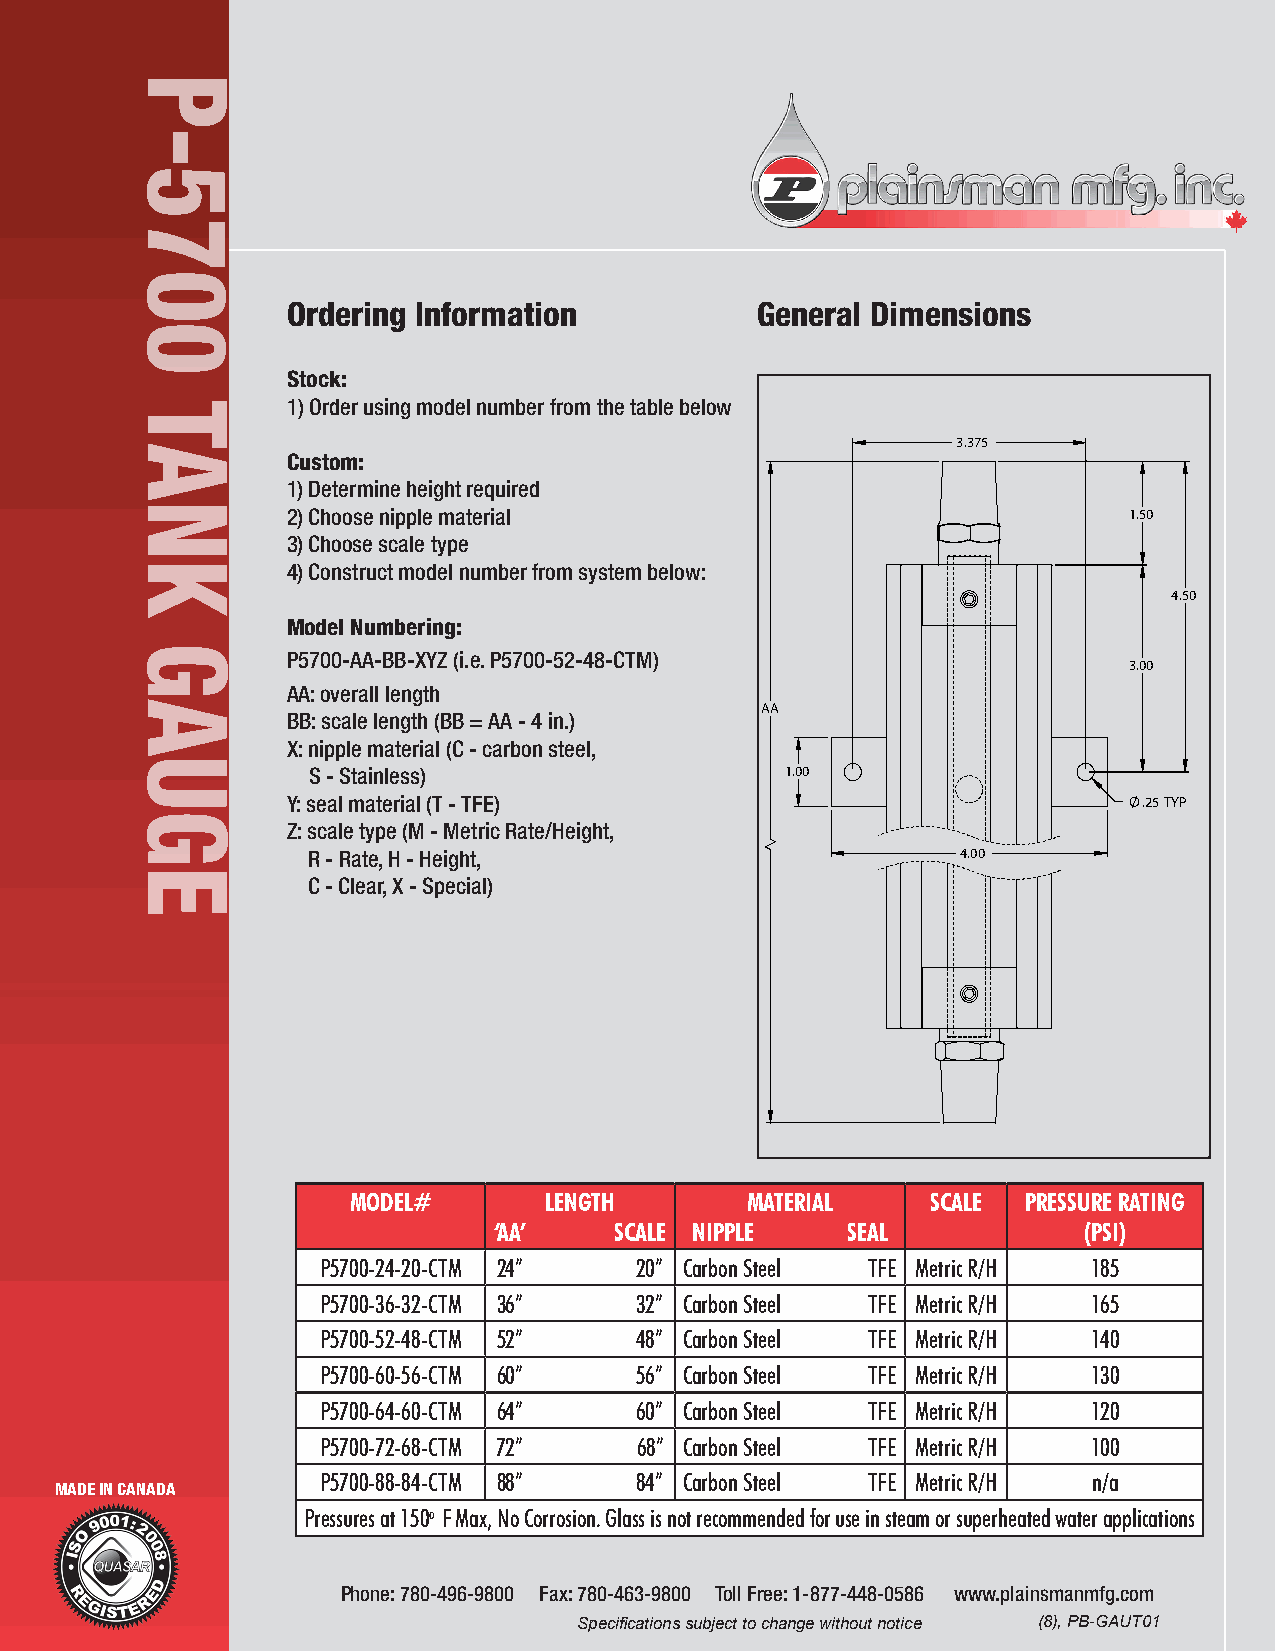
Ordering Information           General Dimensions
 Stock:
 1) Order using model number from the table below
 3.375
 Custom:
 1) Determine height required
 2) Choose nipple material                               1.50
 3) Choose scale type
 4) Construct model number from system below:
 4.50
 Model Numbering:
 P5700-AA-BB-XYZ (i.e. P5700-52-48-CTM)
 3.00
 AA: overall length
 AA
 BB: scale length (BB = AA - 4 in.)
 X: nipple material (C - carbon steel,
 S - Stainless)                  1.00
 Y: seal material (T - TFE)                               .25 TYP
 Z: scale type (M - Metric Rate/Height,
 R - Rate, H - Height,                       4.00
 C - Clear, X - Special)
 MODEL#       LENGTH       MATERIAL     SCALE PRESSURE RATING
 ‘AA’    SCALE NIPPLE   SEAL            (PSI)
 P5700-24-20-CTM 24”  20” Carbon Steel TFE Metric R/H 185
 P5700-36-32-CTM 36”  32” Carbon Steel TFE Metric R/H 165
 P5700-52-48-CTM 52”  48” Carbon Steel TFE Metric R/H 140
 P5700-60-56-CTM 60”  56” Carbon Steel TFE Metric R/H 130
 P5700-64-60-CTM 64”  60” Carbon Steel TFE Metric R/H 120
 P5700-72-68-CTM 72”  68” Carbon Steel TFE Metric R/H 100
 P5700-88-84-CTM 88”  84” Carbon Steel TFE Metric R/H n/a
 MADE IN CANADA
 Pressures at 150o F Max, No Corrosion. Glass is not recommended for use in steam or superheated water applications
 Phone: 780-496-9800 Fax: 780-463-9800 Toll Free: 1-877-448-0586 www.plainsmanmfg.com
 Specifications subject to change without notice (8), PB-GAUT01
 EGUAG
 KNAT
 0075-P
 P-5700
 TANK
 GAUGE